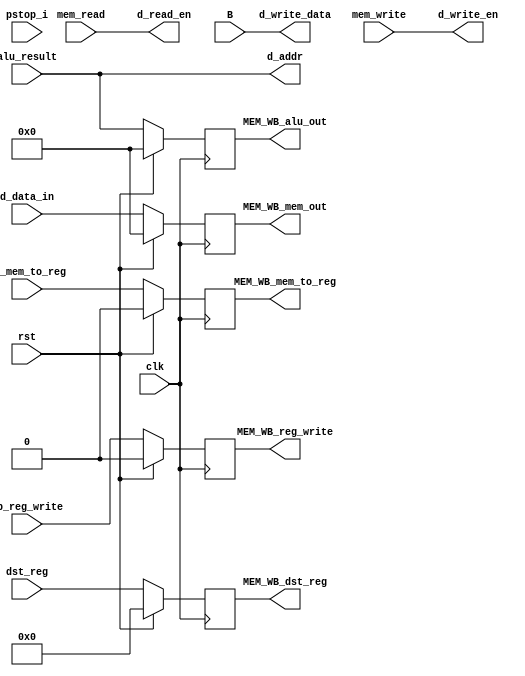
module mem_stage  (
                   input             clk, 
                   input             rst,
                   input             mem_read, 
                   input             mem_write,
                   input [31:0]      alu_result, 
                   input [31:0]      B,
                   input [4:0]       dst_reg,
                   input             wb_reg_write,
                   input             wb_mem_to_reg,
                   
                   input pstop_i,
                   
                   output reg [4:0]  MEM_WB_dst_reg,
                   output reg        MEM_WB_reg_write,
                   output reg        MEM_WB_mem_to_reg,
                   output reg [31:0] MEM_WB_mem_out,
                   output reg [31:0] MEM_WB_alu_out,

                   // Memory Interface
                   output            d_read_en,
                   output            d_write_en,
                   output [31:0]     d_addr,
                   output [31:0]     d_write_data,
                   input [31:0]      d_data_in                   
   );
   
   assign d_read_en    = mem_read;
   assign d_write_en   = mem_write;
   assign d_addr       = alu_result;
   assign d_write_data = B;


   /*    
    MEM/WB Pipeline register
    */

   always @(posedge clk) begin
      if (rst)
        begin
           MEM_WB_dst_reg <= 0;
           MEM_WB_reg_write <= 0;
           MEM_WB_mem_to_reg <= 0;
           MEM_WB_mem_out <= 0;
           MEM_WB_alu_out <= 0;
        end
      else
        begin
           MEM_WB_dst_reg <= dst_reg;
           MEM_WB_reg_write <= wb_reg_write;
           MEM_WB_mem_to_reg <= wb_mem_to_reg;
           MEM_WB_mem_out <= d_data_in;
           MEM_WB_alu_out <= alu_result;
        end
   end


endmodule